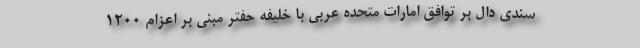
سندی دال بر توافق امارات متحده عربی با خلیفه حفتر مبنی بر اعزام ۱۲۰۰